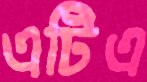
এটিএ